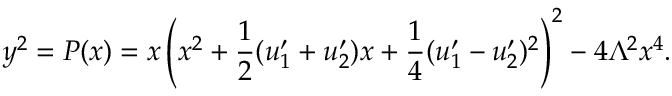
y ^ { 2 } = P ( x ) = x \left( x ^ { 2 } + \frac { 1 } { 2 } ( u _ { 1 } ^ { \prime } + u _ { 2 } ^ { \prime } ) x + \frac { 1 } { 4 } ( u _ { 1 } ^ { \prime } - u _ { 2 } ^ { \prime } ) ^ { 2 } \right) ^ { 2 } - 4 \Lambda ^ { 2 } x ^ { 4 } .